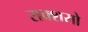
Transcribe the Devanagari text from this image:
राक्शसो